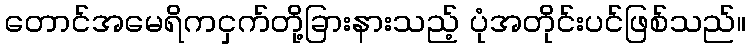
တောင်အမေရိကငှက်တို့ခြားနားသည့် ပုံအတိုင်းပင်ဖြစ်သည်။